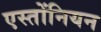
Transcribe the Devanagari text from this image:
एस्तोंनियन